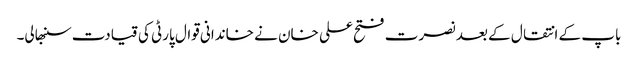
باپ کے انتقال کے بعد نصرت فتح علی خان نے خاندانی قوال پارٹی کی قیادت سنبھالی۔